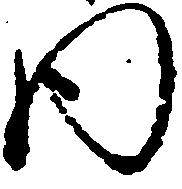
内